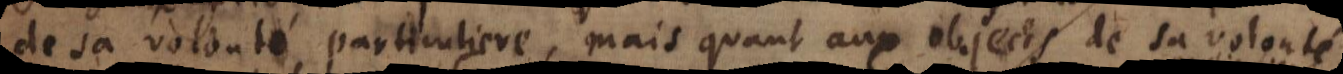
de sa volonté particuliere, mais quant aux objects de sa volonté